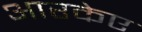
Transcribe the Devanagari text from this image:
आरकेए